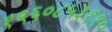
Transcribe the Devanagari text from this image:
१९६०८५३११०